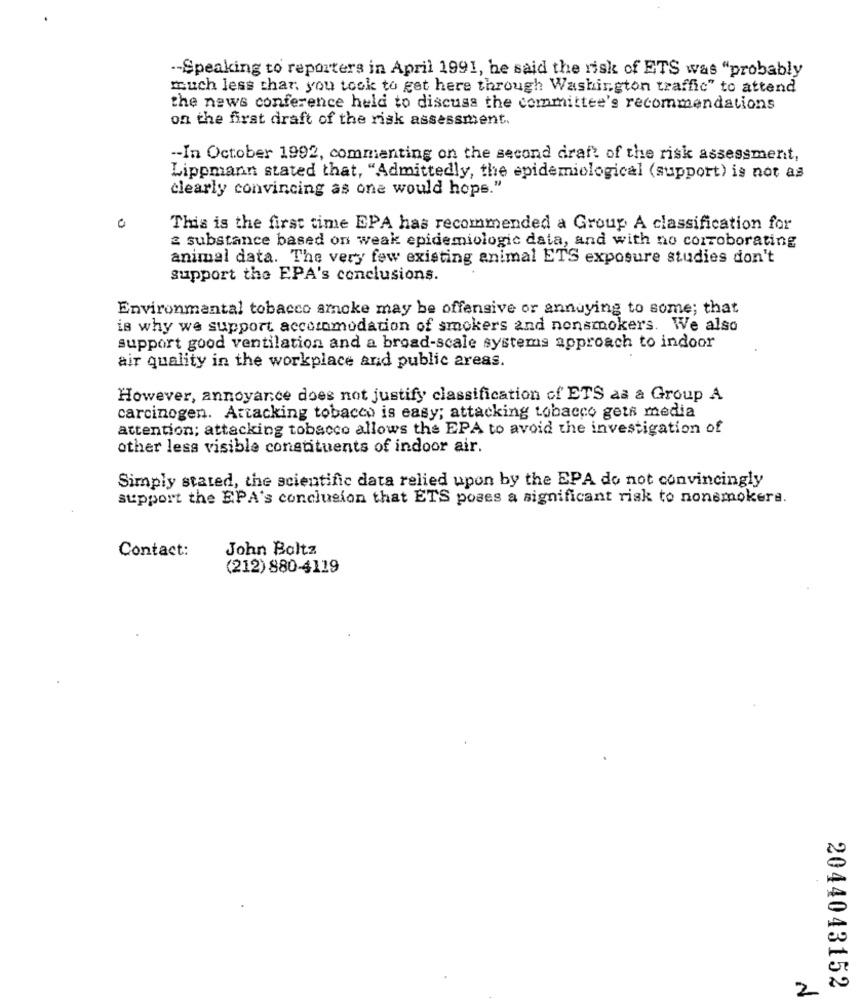
"-Speaking to reporters in April 1991, he said the risk of ETS was "probably
much less than you took to get here through Washington traffic" to attend
the news conference held to discuss the committee's recommendations
on the first draft of the risk assessment.
-- In October 1992, commenting on the second draft of the risk assessment,
Lippmann stated that, "Admittedly, the epidemiological (support) is not as
clearly convincing as one would hops.'
O
This is the first time EPA has recommended a Group A classification for
2 substance based on weak epidemiologic data, and with no corroborating
animal data. The very few existing animal ETS exposure studies don't
support the EPA's conclusions.
Environmental tobacco smoke may be offensive or annuying to some; that
is why we support accesomodation of smokers and nonsmokers. We also
support good ventilation and a broad-scale systems approach to indoor
air quality in the workplace and public areas.
However, annoyance does not justify classification of ETS as a Group A
carcinogen. Attacking tobacco is easy; attacking tobacco gets media
attention; attacking tobacco allows the EPA to avoid the investigation of
other less visible constituents of indoor air.
Simply stated, the scientific data relied upon by the EPA do not convincingly
support the EPA's conclusion that ETS poses a significant risk to nonsmokers.
Contact:
John Boltz
(212) 880-4119
2
2044043152